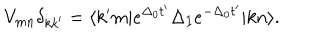
V _ { m n } \delta _ { k k ^ { \prime } } = \langle k ^ { \prime } m | e ^ { \Delta _ { 0 } t ^ { \prime } } \Delta _ { I } e ^ { - \Delta _ { 0 } t ^ { \prime } } | k n \rangle .